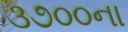
૩૭૦૦ના